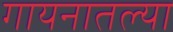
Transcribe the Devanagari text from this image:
गायनातल्या